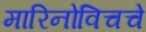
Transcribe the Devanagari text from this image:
मारिनोविचचे